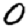
Digit: 0